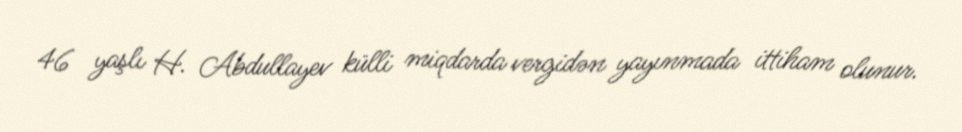
46 yaşlı H. Abdullayev külli miqdarda vergidən yayınmada ittiham olunur.